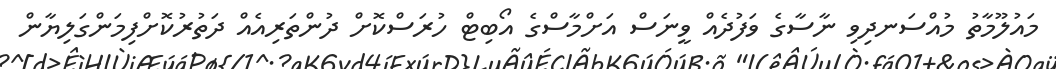
މައުލޫމާތު މުއްސަނދިވި ނާސާގެ ވަފުދެއް ވީނަސް އަށްމާސްގެ އޯބިޓް ހުރަސްކޮށް ދުންތަރިއެއް ދަތުރުކޮށްފިމަންގަލިޔާން